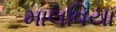
માલવિયા